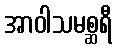
အာဝါသမစ္ဆရီ